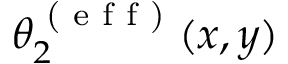
\theta _ { 2 } ^ { \textrm { ( e f f ) } } ( x , y )